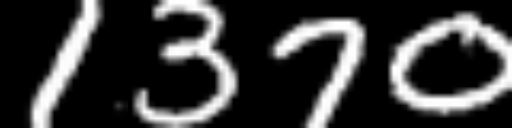
Text: 1370